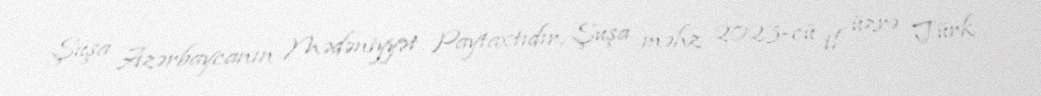
Şuşa Azərbaycanın Mədəniyyət Paytaxtıdır, Şuşa məhz 2023-cü il üzrə Türk